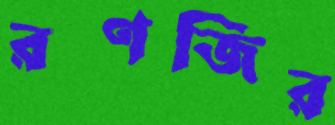
রণজির